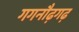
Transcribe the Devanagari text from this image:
गगनौढ़गढ़